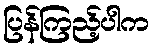
ပြန်ကြည့်ပါက